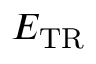
E _ { \mathrm { T R } }